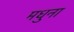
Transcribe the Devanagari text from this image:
मधुना